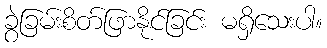
ခွဲခြမ်းစိတ်ဖြာနိုင်ခြင်း မရှိသေးပါ။